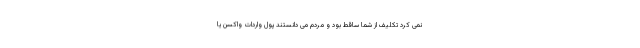
نمی کرد تکلیف از شما ساقط بود و مردم می دانستند پول واردات واکسن یا